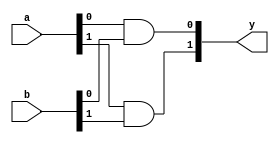
module xup_and_vector #(parameter SIZE=2, DELAY=3)(
    input [SIZE-1:0] a,
    input [SIZE-1:0] b,
    output [SIZE-1:0] y
    );

   genvar i;
    generate
       for (i=0; i < SIZE; i=i+1) 
       begin: and_i
          and #DELAY(y[i], a[i], b[i]);
       end
    endgenerate

endmodule